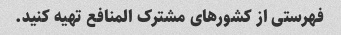
فهرستی از کشورهای مشترک المنافع تهیه کنید.